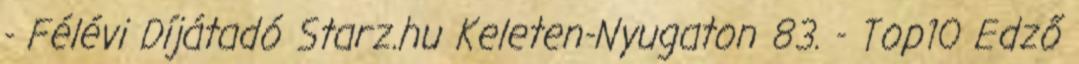
- Félévi Díjátadó Starz.hu Keleten-Nyugaton 83. - Top10 Edző